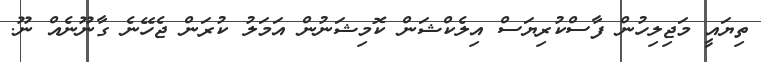
ތިޔައީ މަޖިލިހުން ފާސްކުރިޔަސް އިލެކްޝަން ކޮމިޝަނުން އަމަލު ކުރަން ޖެހޭނެ ގާނޫނެއް ނޫ.